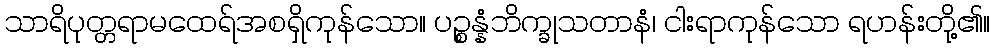
သာရိပုတ္တရာမထေရ်အစရှိကုန်သော။ ပဉ္စန္နံဘိက္ခုသတာနံ၊ ငါးရာကုန်သော ရဟန်းတို့၏။